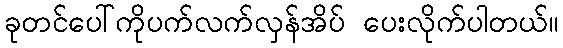
ခုတင်ပေါ်ကိုပက်လက်လှန်အိပ် ပေးလိုက်ပါတယ်။